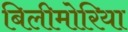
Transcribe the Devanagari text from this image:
बिलीमोरिया